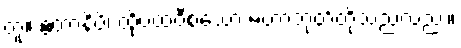
တူ။ ဧတာနိပိ၊ ထိုပထဝီစသော မဟာဘုတ်တို့သည်လည်း။